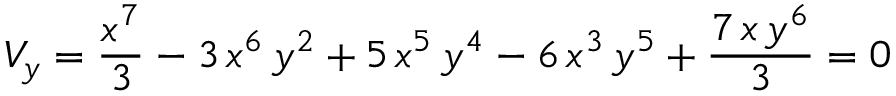
V _ { y } = { \frac { { x ^ { 7 } } } { 3 } } - 3 \, { x ^ { 6 } } \, { y ^ { 2 } } + 5 \, { x ^ { 5 } } \, { y ^ { 4 } } - 6 \, { x ^ { 3 } } \, { y ^ { 5 } } + { \frac { 7 \, x \, { y ^ { 6 } } } { 3 } } = 0